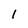
Character: l